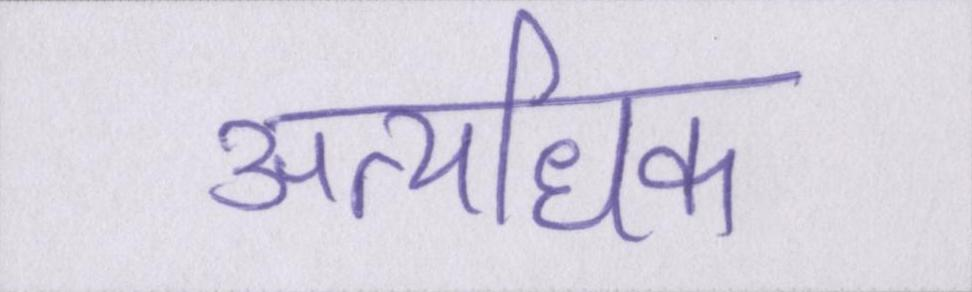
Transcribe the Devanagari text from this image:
अत्यधिक